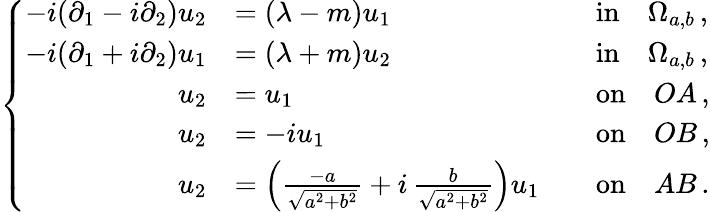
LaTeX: \left\{ \begin{array}{rlrl}{-i(\partial_{1}-i\partial_{2})u_{2}}&{=(\lambda-m)u_{1}}&&{\mathrm{in}\quad\Omega_{a,b}\, ,}\\ {-i(\partial_{1}+i\partial_{2})u_{1}}&{=(\lambda+m)u_{2}}&&{\mathrm{in}\quad\Omega_{a,b}\, ,}\\ {u_{2}}&{=u_{1}}&&{\mathrm{on}\quad OA\, ,}\\ {u_{2}}&{=-iu_{1}}&&{\mathrm{on}\quad OB\, ,}\\ {u_{2}}&{=\left(\frac{-a}{\sqrt{a^{2}+b^{2}}}+i\, \frac{b}{\sqrt{a^{2}+b^{2}}}\right)u_{1}}&&{\mathrm{on}\quad AB\, .}\end{array}\right.